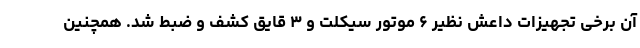
آن برخی تجهیزات داعش نظیر ۶ موتور سیکلت و ۳ قایق کشف و ضبط شد. همچنین